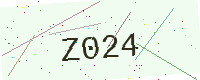
Text: Z024